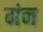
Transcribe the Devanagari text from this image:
मंन